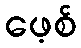
ဖေ့စ်